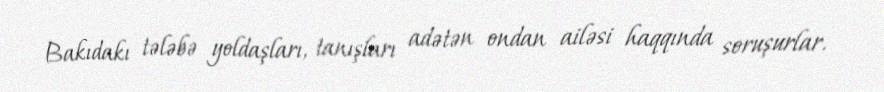
Bakıdakı tələbə yoldaşları, tanışları adətən ondan ailəsi haqqında soruşurlar.